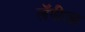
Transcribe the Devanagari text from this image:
लॅपीत्झ